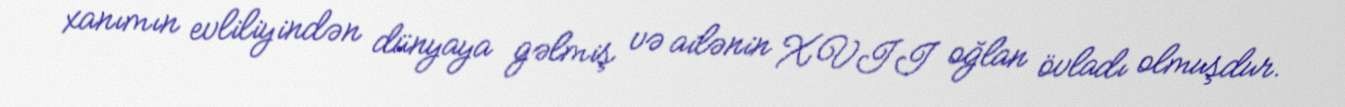
xanımın evliliyindən dünyaya gəlmiş və ailənin XVII oğlan övladı olmuşdur.